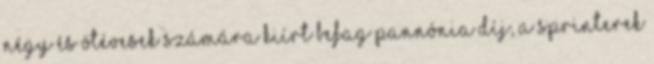
négy és ötévesek számára kiírt BEFAG–Pannónia Díj, a sprinterek